Burma Government Medical School reports 1907-22
Year: 1907
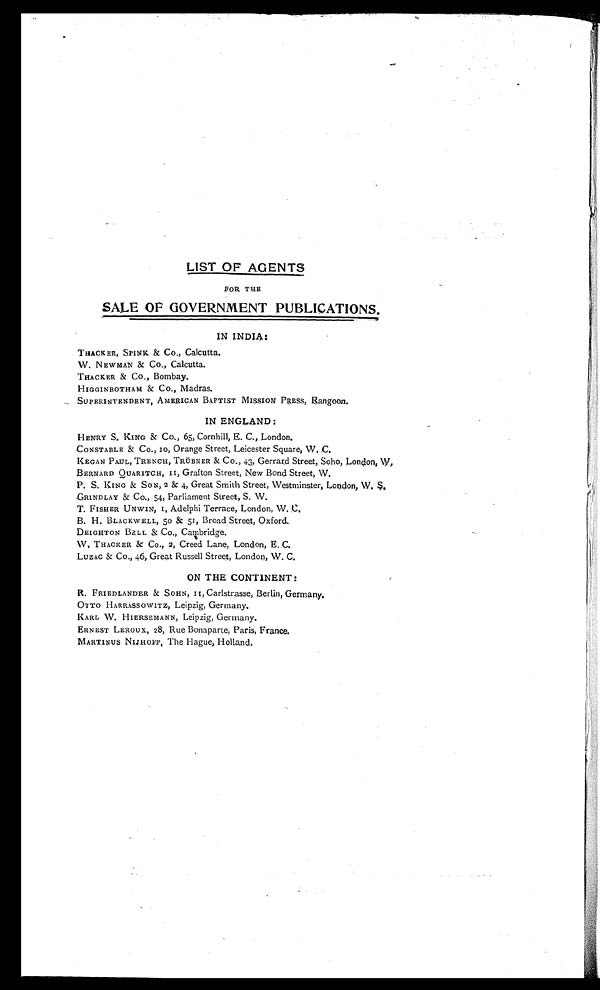
LIST OF AGENTS
FOR THE
SALE OF GOVERNMENT PUBLICATIONS.
IN INDIA:
THACKER, SPINK & Co., Calcutta.
W. NEWMAN & CO., Calcutta.
THACKER & Co., Bombay.
HIGGINBOTHAM & Co., Madras.
SUPERINTENDENT, AMERICAN BAPTIST MISSION PRESS, Rangoon.
IN ENGLAND:
HENRY S. KING & CO., 65, Cornhill, E. C., London.
CONSTABLE & Co., IO, Orange Street, Leicester Square, W. C.
KEGAN PAUL, TRENCH, TRÜBNER & CO., 43, Gerrard Street, Soho, London, W,
BERNARD QUARITCH, II, Grafton Street, New Bond Street, W.
P. S. KING & SON, 2 & 4, Great Smith Street, Westminster, London, W.
S. GRINDLAY & Co., 54, Parliament Street, S. W.
T. FISHER UNWIN, 1, Adelphi Terrace, London, W. C.
B. H. BLACKWELL, 50 & 51, Broad Street, Oxford.
DEIGHTON BELL & Co., Cambridge.
W. THACKER & Co., 2, Creed Lane, London, E. C.
LUZAC & Co., 46, Great Russell Street, London, W. C.
ON THE CONTINENT:
R. FRIEDLANDER & SOHN, I I, Carlstrasse, Berlin, Germany.
OTTO HARRASSOWITZ, Leipzig, Germany.
KARL W. HIERSEMANN, Leipzig, Germany.
ERNEST LEROUX, 28, Rue Bonaparte, Paris, France.
MARTINUS NIJHOFF, The Hague, Holland.